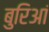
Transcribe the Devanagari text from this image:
बुरिआं